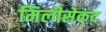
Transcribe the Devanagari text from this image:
मिलीसेकंद